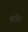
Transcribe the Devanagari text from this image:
मत्रिस